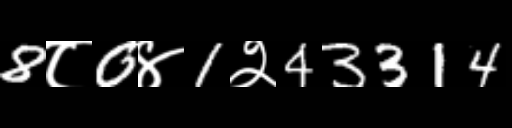
Text: 8८0४1२43314